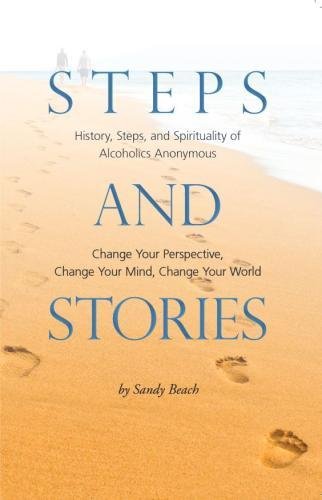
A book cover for Steps and Stories: History, Steps, and Spirituality of Alcoholics Anonymous - Change Your Perspective, Change Your Mind, Change Your World; Sandy Beach; Health, Fitness & Dieting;